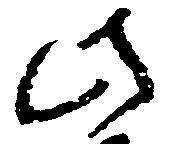
此